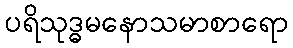
ပရိသုဒ္ဓမနောသမာစာရော